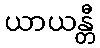
ယာယန္တီ